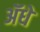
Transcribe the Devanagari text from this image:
ॲधे